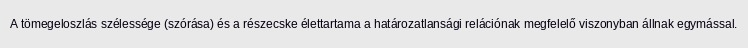
A tömegeloszlás szélessége (szórása) és a részecske élettartama a határozatlansági relációnak megfelelő viszonyban állnak egymással.